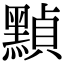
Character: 𪑳